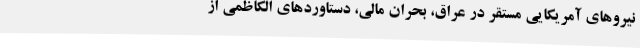
نیروهای آمریکایی مستقر در عراق، بحران مالی، دستاوردهای الکاظمی از